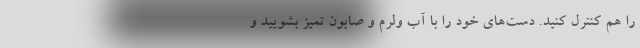
را هم کنترل کنید. دست‌های خود را با آب ولرم و صابون تمیز بشویید و